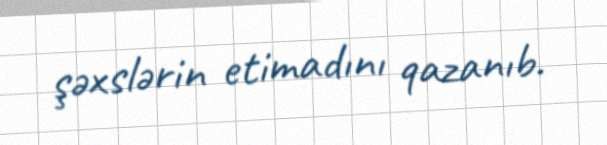
şəxslərin etimadını qazanıb.